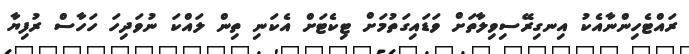
ރައްޓެހިންނާއެކު އިނގިރޭސިވިލާތަށް ވަޑައިގަތުމަށް ޓިކެޓަށް އެކަނި ތިން ލައްކަ ނުވަދިހަ ހަހާސް ރުފިޔާ